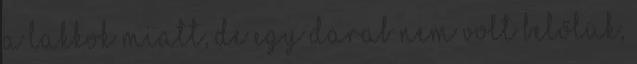
a lakkok miatt, de egy darab nem volt belőlük,